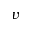
v